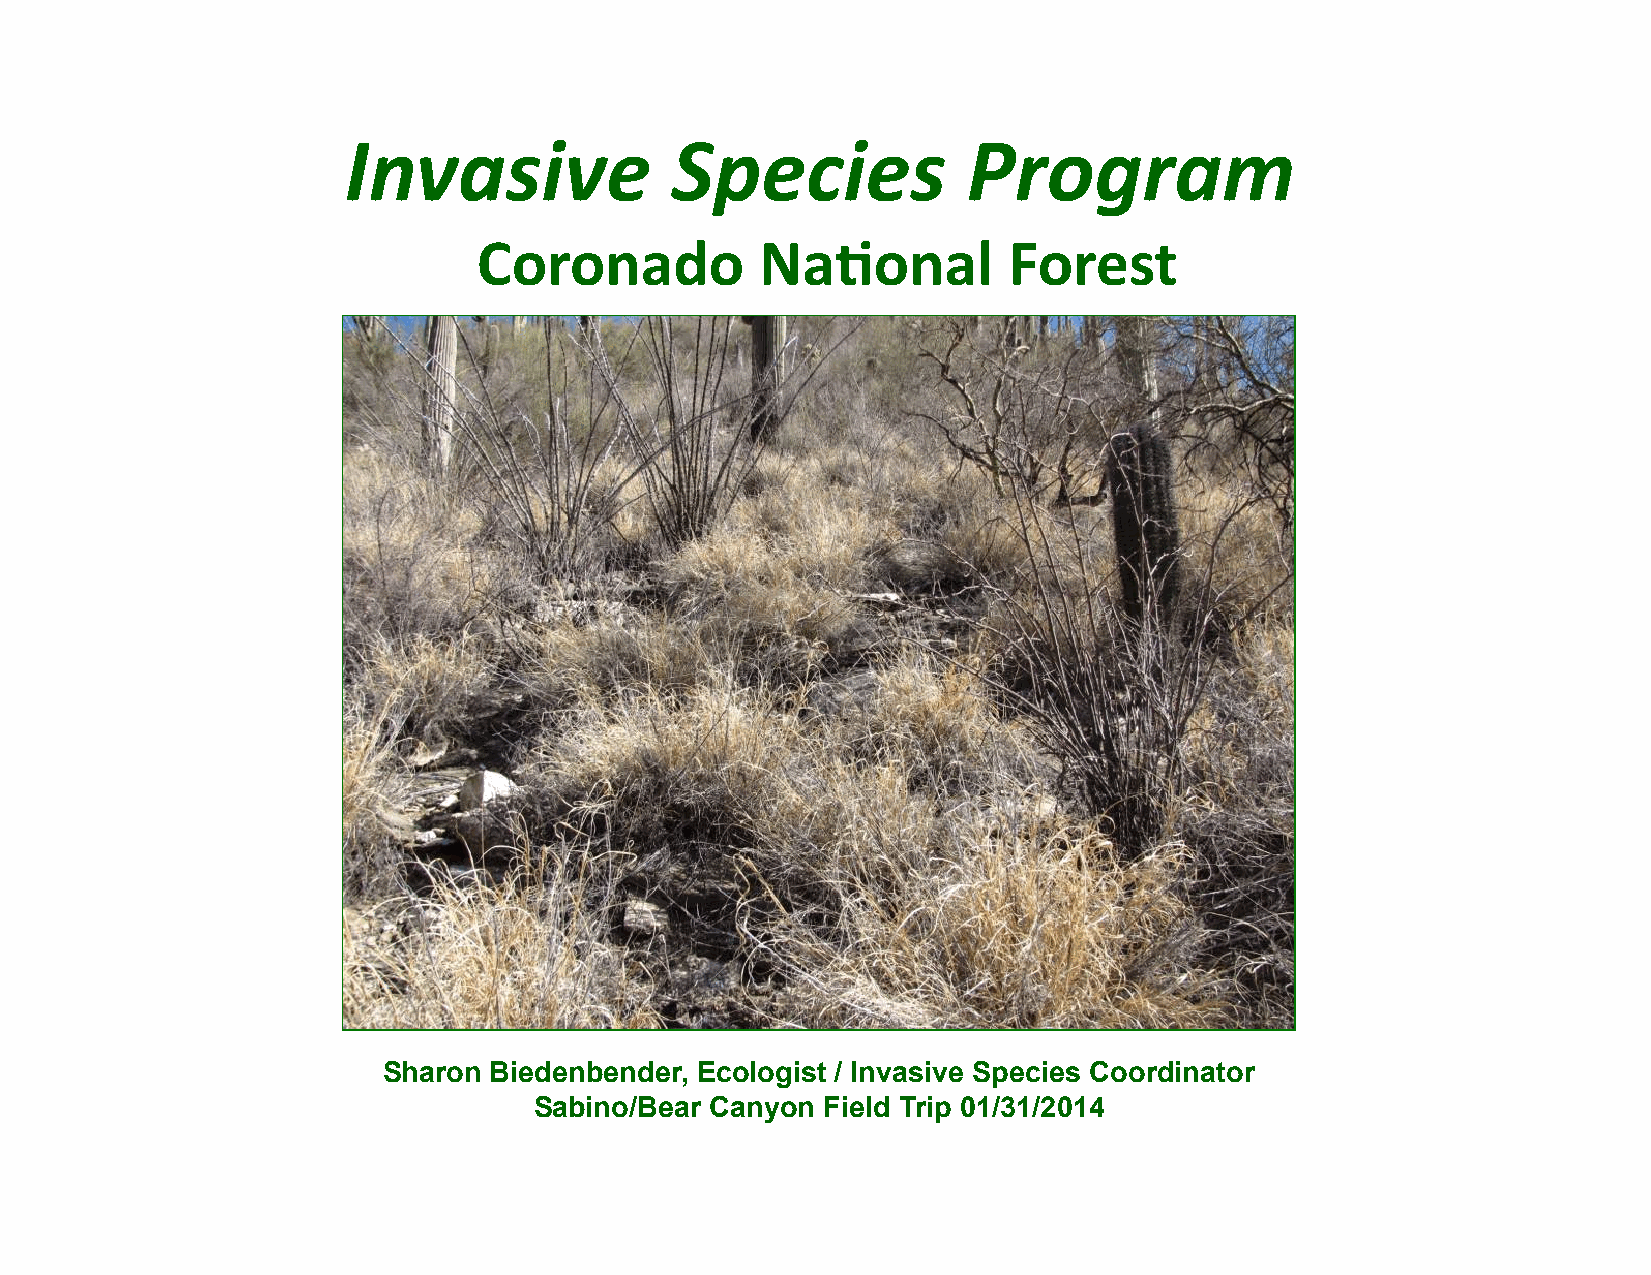
Invasive             Species             Program
 Coronado          Na)onal          Forest
 Sharon Biedenbender, Ecologist / Invasive Species Coordinator
 Sabino/Bear Canyon  Field Trip 01/31/2014